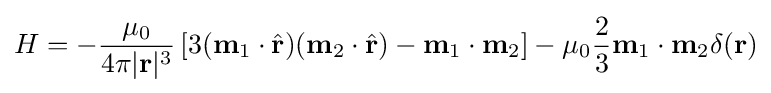
H=-{\frac {\mu _{0}}{4\pi |\mathbf {r} |^{3}}}\left[3(\mathbf {m} _{1}\cdot {\hat {\mathbf {r} }})(\mathbf {m} _{2}\cdot {\hat {\mathbf {r} }})-\mathbf {m} _{1}\cdot \mathbf {m} _{2}\right]-\mu _{0}{\frac {2}{3}}\mathbf {m} _{1}\cdot \mathbf {m} _{2}\delta (\mathbf {r} )